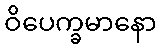
ဝိပေက္ခမာနော